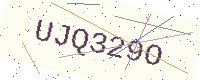
Text: UJQ329O